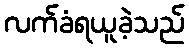
လက်ခံရယူခဲ့သည်